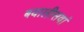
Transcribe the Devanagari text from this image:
बयालीसवां